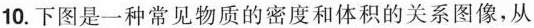
10.下图是一种常见物质的密度和体积的关系图像，从